Civil Veterinary Department Bihar & Orissa reports 1929-36 - 1929-1936
Year: 1929
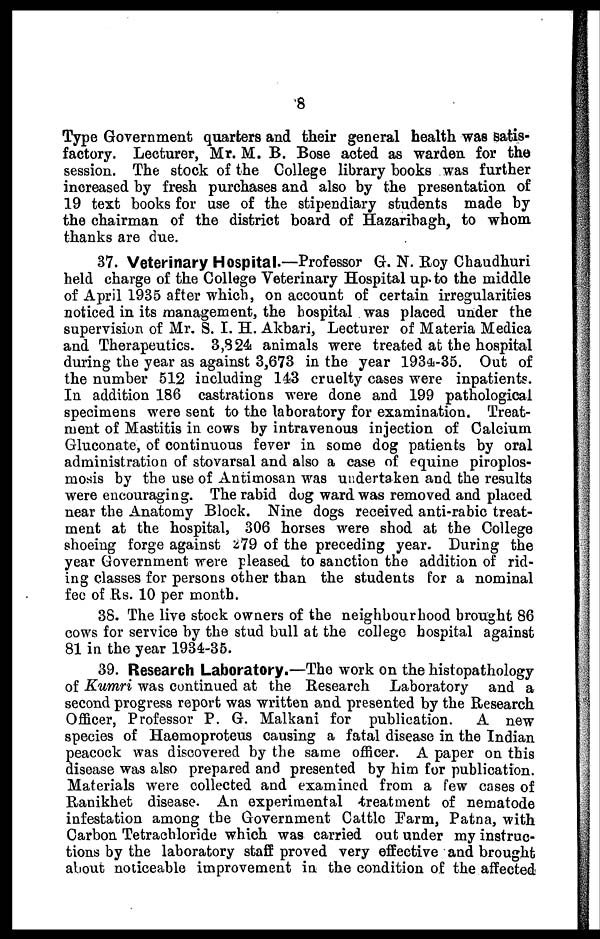
8
Type Government quarters and their general health was satis-
factory. Lecturer, Mr. M. B. Bose acted as warden for the
session. The stock of the College library books was further
increased by fresh purchases and also by the presentation of
19 text books for use of the stipendiary students made by
the chairman of the district board of Hazaribagh, to whom
thanks are due.
37. Veterinary Hospital.—Professor G. N. Boy Chaudhuri
held charge of the College Veterinary Hospital up to the middle
of April 1935 after which, on account of certain irregularities
noticed in its management, the hospital was placed under the
supervision of Mr. S. I. H. Akbari, Lecturer of Materia Medica
and Therapeutics. 3,324 animals were treated at the hospital
during the year as against 3,673 in the year 1934-35. Out of
the number 512 including 143 cruelty cases were inpatients.
In addition 186 castrations were done and 199 pathological
specimens were sent to the laboratory for examination. Treat-
ment of Mastitis in cows by intravenous injection of Calcium
Gluconate, of continuous fever in some dog patients by oral
administration of stovarsal and also a case of equine piroplos-
mosis by the use of Antimosan was undertaken and the results
were encouraging. The rabid dog ward was removed and placed
near the Anatomy Block. Nine dogs received anti-rabic treat-
ment at the hospital, 306 horses were shod at the College
shoeing forge against 279 of the preceding year. During the
year Government were pleased to sanction the addition of rid-
ing classes for persons other than the students for a nominal
fee of Rs. 10 per month.
38. The live stock owners of the neighbourhood brought 86
cows for service by the stud bull at the college hospital against
81 in the year 1934-35.
39. Research Laboratory.—The work on the histopathology
of Kumri was continued at the Research Laboratory and a
second progress report was written and presented by the Research
Officer, Professor P. G. Malkani for publication.
A new
species of Haemoproteus causing a fatal disease in the Indian
peacock was discovered by the same officer. A paper on this
disease was also prepared and presented by him for publication.
Materials were collected and examined from a few cases of
Ranikhet disease. An experimental treatment of nematode
infestation among the Government Cattle Farm, Patna, with
Carbon Tetrachloride which was carried out under my instruc-
tions by the laboratory staff proved very effective and brought
about noticeable improvement in the condition of the affected